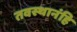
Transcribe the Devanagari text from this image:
तवस्थानंहि